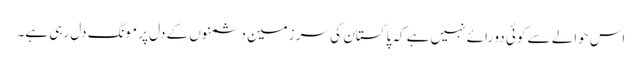
اس حوالے سے کوئی دو رائے نہیں ہے کہ پاکستان کی سر زمین دشمنوں کے دل پر مونگ دل رہی ہے۔